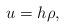
LaTeX: \begin{align*}u = h\rho,\end{align*}